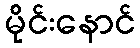
မိုင်းနောင်